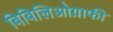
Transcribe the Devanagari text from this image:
बिबिलिओग्राफी